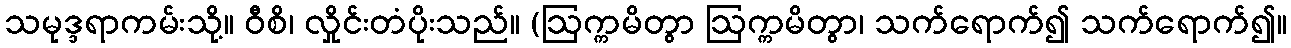
သမုဒ္ဒရာကမ်းသို့။ ဝီစိ၊ လှိုင်းတံပိုးသည်။ (ဩက္ကမိတွာ ဩက္ကမိတွာ၊ သက်ရောက်၍ သက်ရောက်၍။